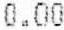
0.00